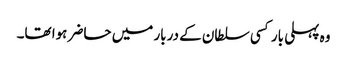
وہ پہلی بار کسی سلطان کے دربار میں حاضر ہوا تھا۔